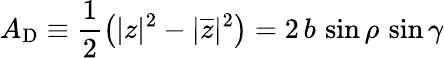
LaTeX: A_{\mathrm{D}}\equiv\frac{1}{2}\left(|z|^{2}-|\overline{{{z}}}|^{2}\right)=2\, b\, \sin\rho\, \sin\gamma